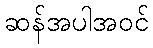
ဆန်အပါအဝင်